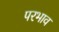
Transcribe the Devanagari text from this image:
परभाव